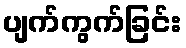
ပျက်ကွက်ခြင်း